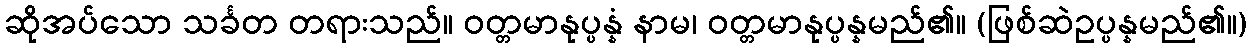
ဆိုအပ်သော သင်္ခတ တရားသည်။ ဝတ္တမာနုပ္ပန္နံ နာမ၊ ဝတ္တမာနုပ္ပန္နမည်၏။ (ဖြစ်ဆဲဥပ္ပန္နမည်၏။)